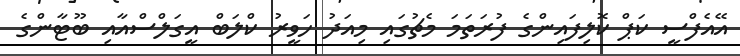
އޭއެފްސީ ކަޕް ކޮލިފައިންގެ ފުރަތަމަ މެޗުގައި މިއަދު ހަވީރު ކްލަބް އީގަލްސްއާއި ބޫޓާންގެ